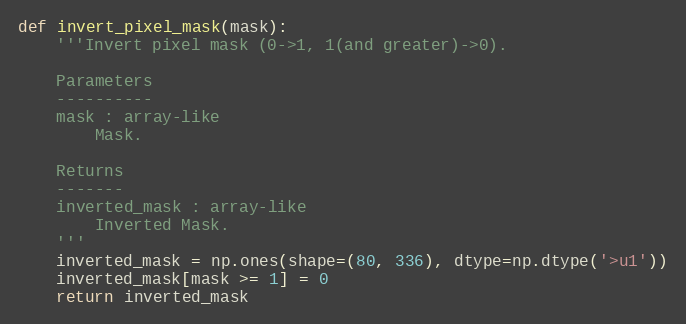
Language: Python
def invert_pixel_mask(mask):
    '''Invert pixel mask (0->1, 1(and greater)->0).

    Parameters
    ----------
    mask : array-like
        Mask.

    Returns
    -------
    inverted_mask : array-like
        Inverted Mask.
    '''
    inverted_mask = np.ones(shape=(80, 336), dtype=np.dtype('>u1'))
    inverted_mask[mask >= 1] = 0
    return inverted_mask